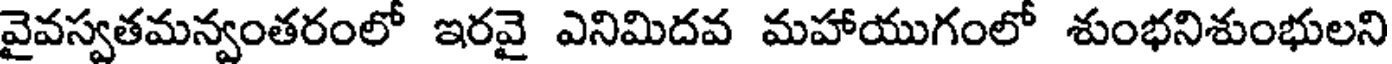
వైవస్వతమన్వంతరంలో ఇరవై ఎనిమిదవ మహాయుగంలో శుంభనిశుంభులని